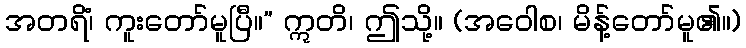
အတရိံ၊ ကူးတော်မူပြီ။” ဣတိ၊ ဤသို့။ (အဝေါစ၊ မိန့်တော်မူ၏။)